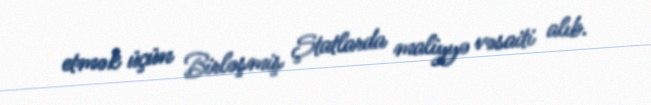
etmək üçün Birləşmiş Ştatlarda maliyyə vəsaiti alıb.